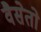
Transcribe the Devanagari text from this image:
वैसेतो